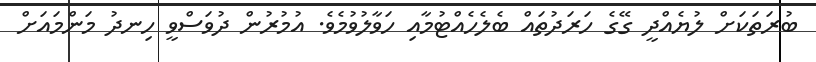
ބުރަތަކަށް ލުޔެއްދީ ގޭގެ ހަރަދުތައް ބެލެހެއްޓުމާއި ހަވާލުވުމެވެ. އުމުރުން ދުވަސްވީ ހިނދު މަންމައަށް